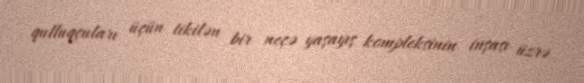
qulluqçuları üçün tikilən bir neçə yaşayış kompleksinin inşası üzrə